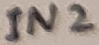
Text: IN2